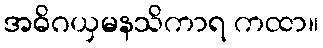
အဓိဂယှမနသိကာရ ကထာ။